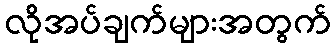
လိုအပ်ချက်များအတွက်